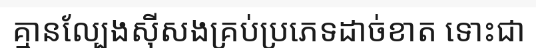
គ្មានល្បែងស៊ីសងគ្រប់ប្រភេទដាច់ខាត ទោះជា